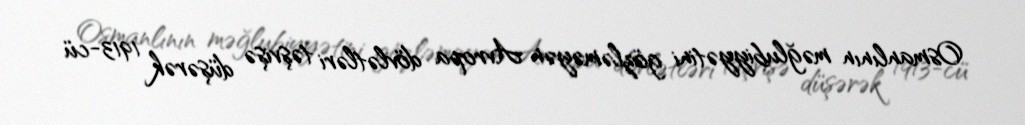
Osmanlının məğlubiyyətini gözləməyən Avropa dövlətləri təşvişə düşərək 1913-cü